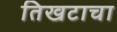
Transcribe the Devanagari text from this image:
तिखटाचा